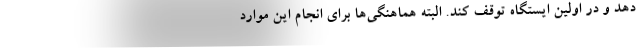
دهد و در اولین ایستگاه توقف کند. البته هماهنگی‌ها برای انجام این موارد